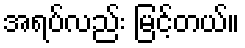
အရပ်လည်း မြင့်တယ်။